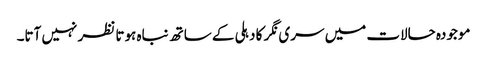
موجودہ حالات میں سری نگر کا دہلی کے ساتھ نباہ ہوتا نظر نہیں آتا۔